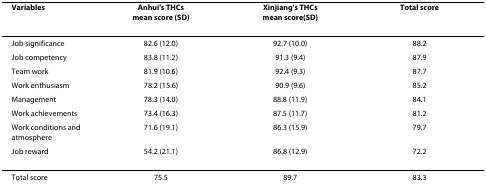
<table><thead><tr><td><b>Variables</b></td><td><b>Anhui&#x27;s THCsmean score (SD)</b></td><td><b>Xinjiang&#x27;s THCsmean score(SD)</b></td><td><b>Total score</b></td></tr></thead><tbody><tr><td>Job significance</td><td>82.6 (12.0)</td><td>92.7 (10.0)</td><td>88.2</td></tr><tr><td>Job competency</td><td>83.8 (11.2)</td><td>91.3 (9.4)</td><td>87.9</td></tr><tr><td>Team work</td><td>81.9 (10.6)</td><td>92.4 (9.3)</td><td>87.7</td></tr><tr><td>Work enthusiasm</td><td>78.2 (15.6)</td><td>90.9 (9.6)</td><td>85.2</td></tr><tr><td>Management</td><td>78.3 (14.0)</td><td>88.8 (11.9)</td><td>84.1</td></tr><tr><td>Work achievements</td><td>73.4 (16.3)</td><td>87.5 (11.7)</td><td>81.2</td></tr><tr><td>Work conditions and atmosphere</td><td>71.6 (19.1)</td><td>86.3 (15.9)</td><td>79.7</td></tr><tr><td>Job reward</td><td>54.2 (21.1)</td><td>86.8 (12.9)</td><td>72.2</td></tr><tr><td>Total score</td><td>75.5</td><td>89.7</td><td>83.3</td></tr></tbody></table>